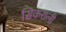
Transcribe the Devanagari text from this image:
सिकराली